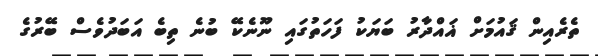
ތެރެއިން ޤައުމަށް ޣައްދާރު ބަޔަކު ފަހަތުގައި ނޫނެކޭ ބުނެ ތިބެ އަބަދުވެސް ބޭރުގެ